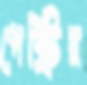
পেস্ট্রির